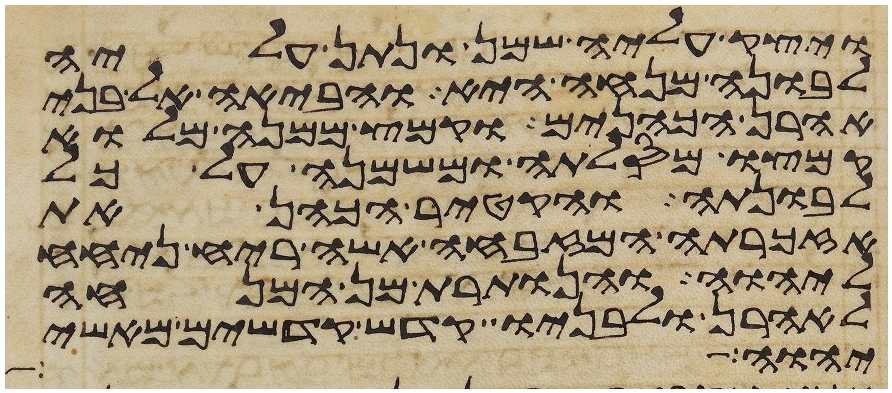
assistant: ויצק עליה שמן ונתן עליה
לבונה מנחה היא והביאה אל בני
אהרן הכהנים וקמץ ממנה מלוא
קמצו מסלתה ומשמנה על כל
לבונתה והקטיר הכהן את
אזכרתה המזבחה אשה ריח ניחח
ליהוה והנותרת מן המנחה
לאהרן ולבניו קדש קדשים מאשי
יהוה גדול